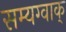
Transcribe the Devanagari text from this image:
सम्यग्वाक्